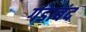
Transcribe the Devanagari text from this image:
गंडाबंद